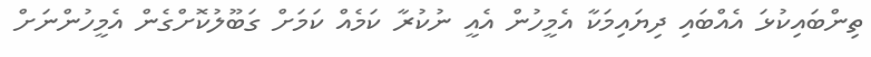
ތިންބައިކުޅަ އެއްބައި ދިޔައިމަކާ އެމީހުން އެއީ ނުކުރާ ކަމެއް ކަމަށް ގަބޫލުކޮށްގެން އެމީހުންނަށް